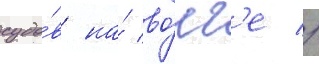
судо́в на́ во́лг'е //